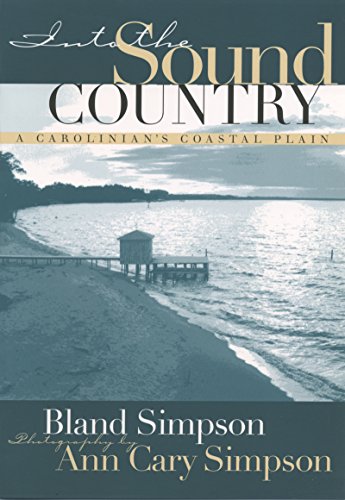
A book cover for Into the Sound Country: A Carolinian's Coastal Plain; Bland Simpson; Travel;